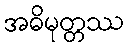
အဓိမုတ္တဿ